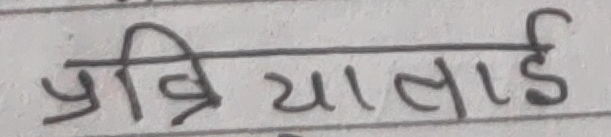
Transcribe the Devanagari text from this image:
प्रियालाई